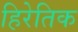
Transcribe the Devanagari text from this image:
हिरेतिक